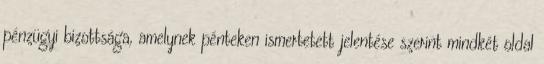
pénzügyi bizottsága, amelynek pénteken ismertetett jelentése szerint mindkét oldal